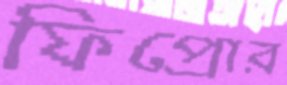
ফিপ্রোর